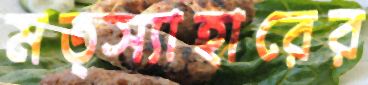
মত্স্যাহারের